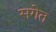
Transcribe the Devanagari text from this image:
सगेत